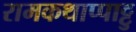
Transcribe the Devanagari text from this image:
रामकथाप्पाट्टु